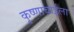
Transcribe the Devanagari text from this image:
कृष्णाबाईला